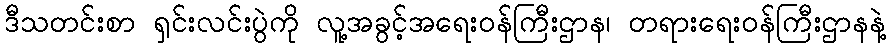
ဒီသတင်းစာ ရှင်းလင်းပွဲကို လူ့အခွင့်အရေးဝန်ကြီးဌာန၊ တရားရေးဝန်ကြီးဌာနနဲ့